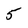
Character: 5